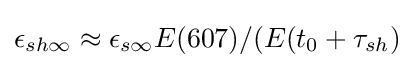
\epsilon _{sh\infty }\approx \epsilon _{s\infty }E(607)/(E(t_{0}+\tau _{sh})